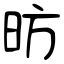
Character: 昉